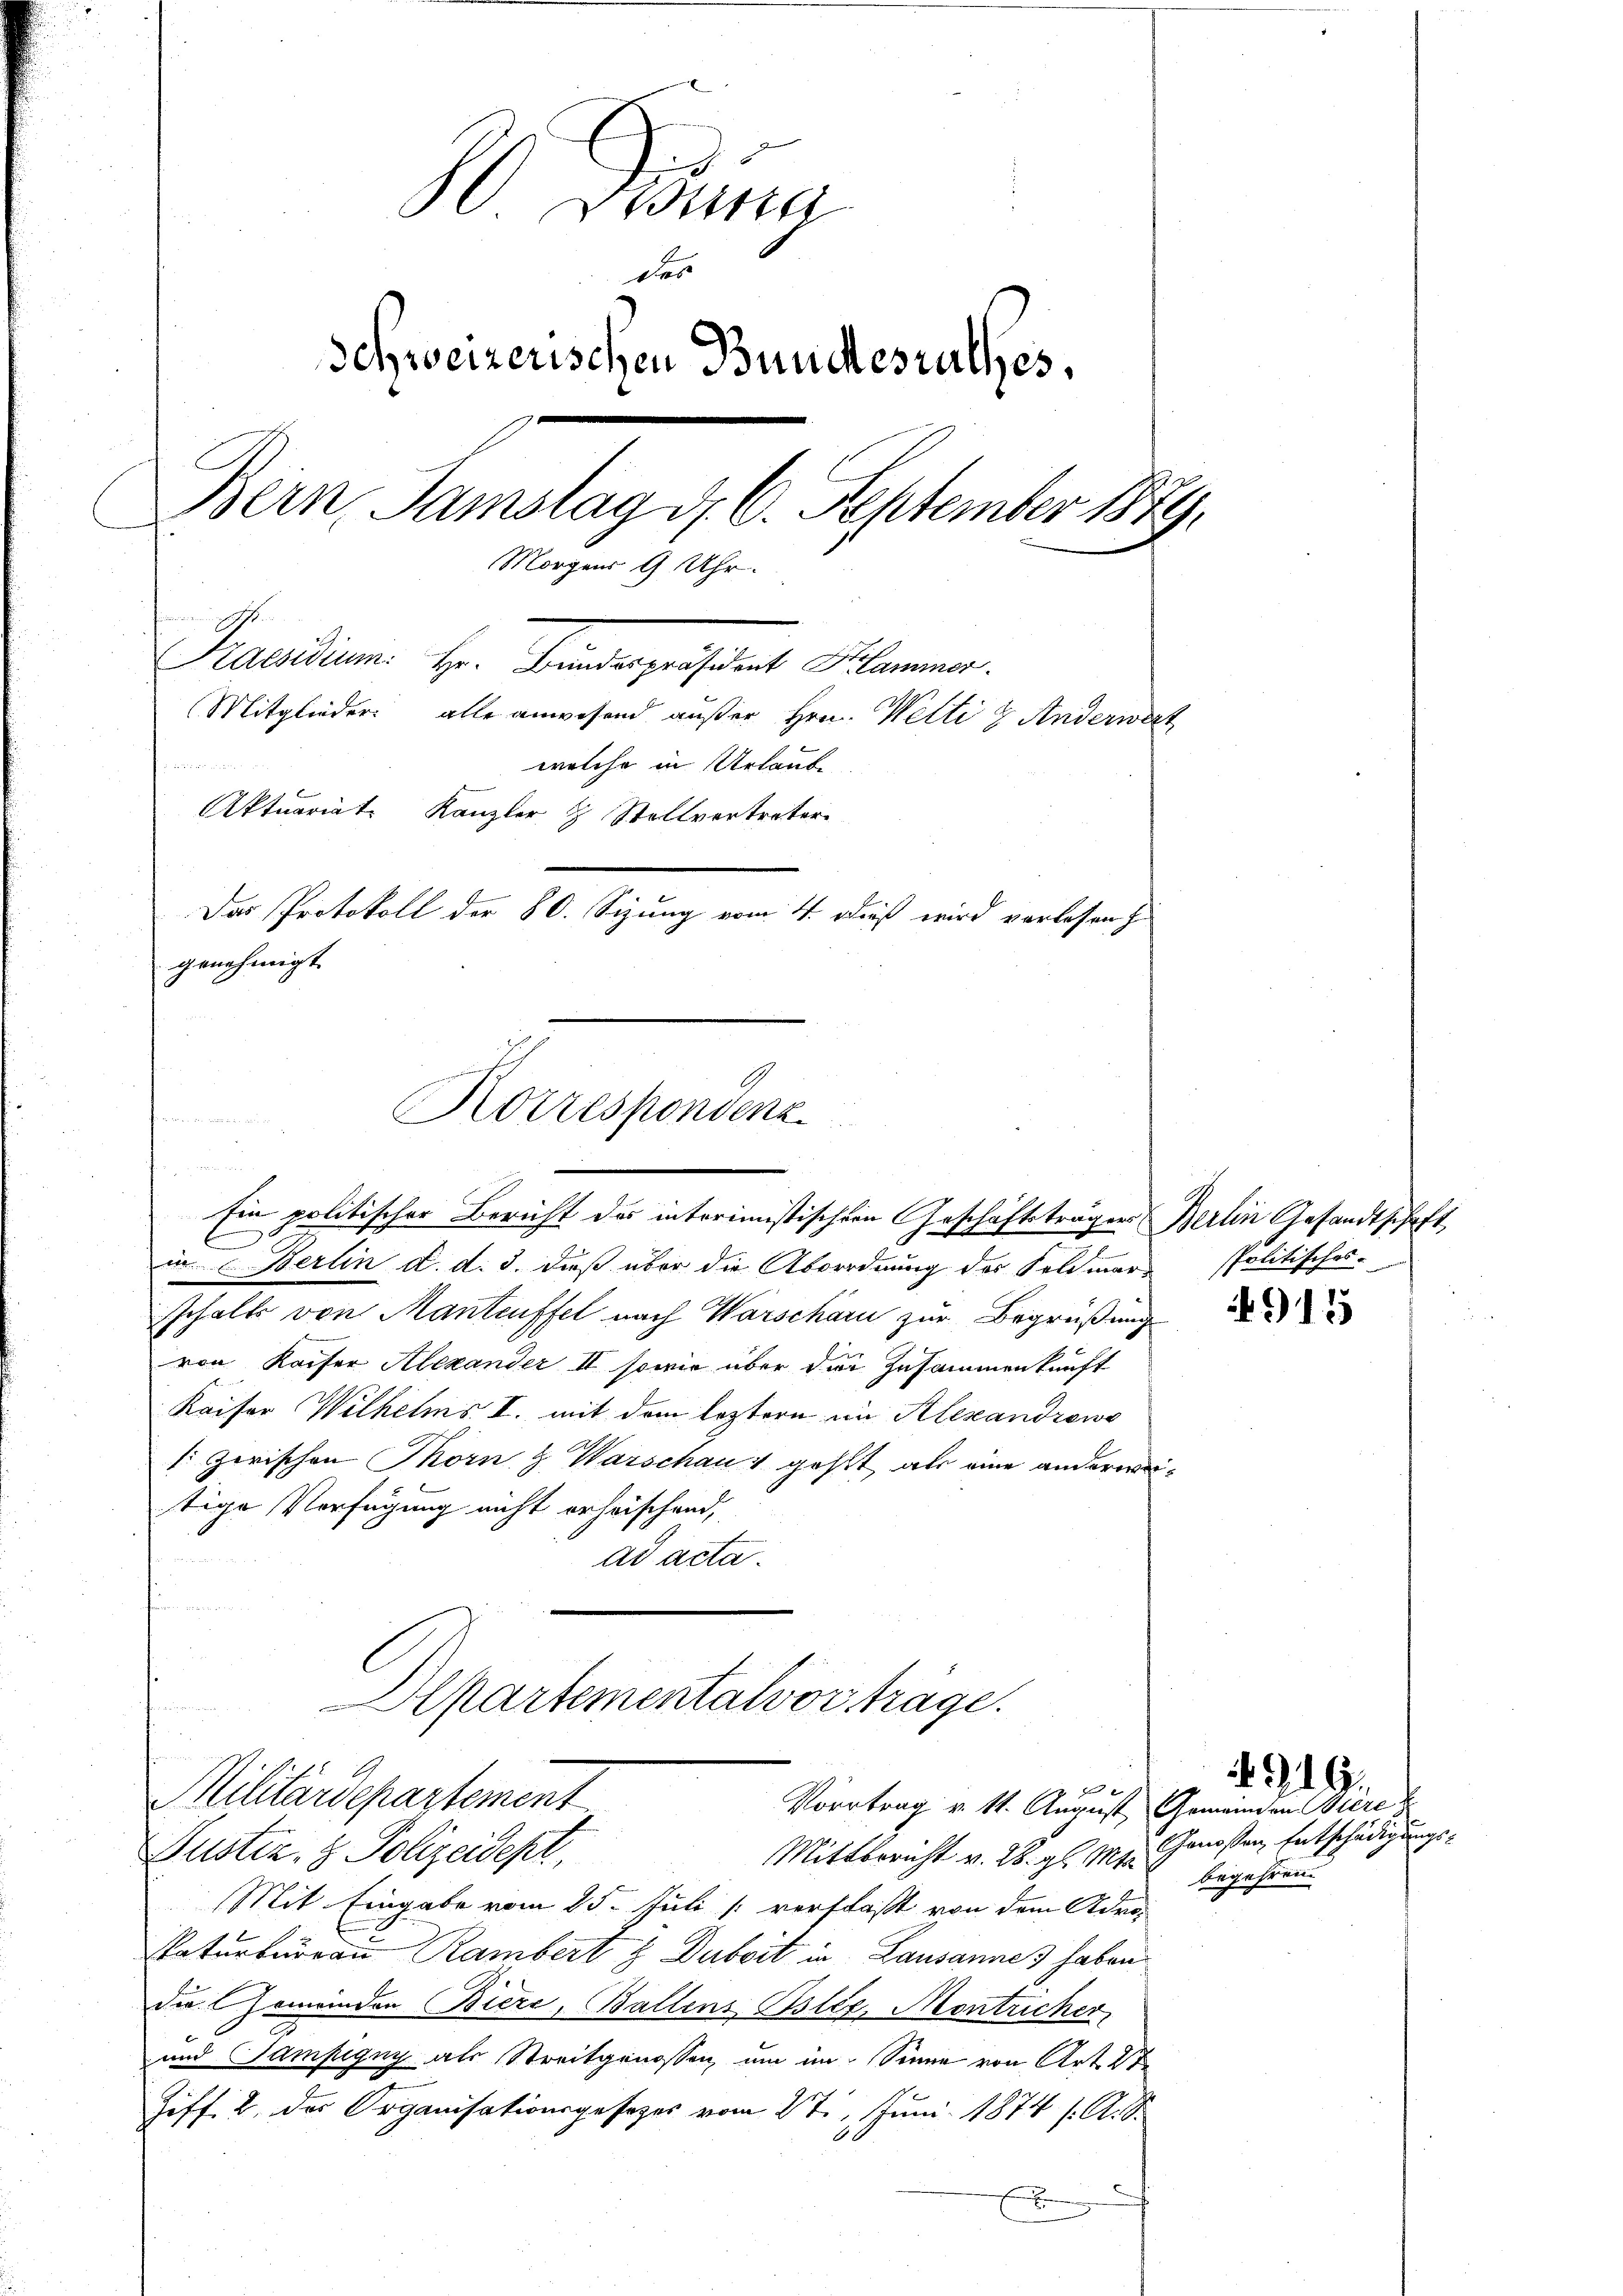
80 drun
dos
Schweizerischen Bundesrathes,
Bern, Samstag d. 6. September 1879.
Morgens 9 Uhr.
Praedium. Hr. Badepuissant Klammer.
Mitglieder alle anwesend außer Hrn. Welti u. Anderwert
 nr.
welche in Urlaube
Aktuariat Kanzler & Stellvertrater
Der Protokoll der 60. Sigung vom 4. Dieß wird verlesen,
genehmigt.

Korrespondenz

n
Ein politischer Bericht des interimistischen Geschäftsträger Berlin Gesandtschaft
in Berlin d. d. 3. dieß über die Abordnung des Feldmarschalts von Manteuffel nach Warscharn zur Begrüßung
von Kaiser Alexander II sowie über die Zusammenkunft
Kaiser Wilhelms I. mit dem leztern im Alexandrows
: zerischen Thorn & Warschaus gehst als eine anderweitige Verfügung nicht erheischend,
ad acta.
Departementalvorträge.
1

Justiz- & Polizeidept,
Mittbericht v. 28. gl. Mts.
Mit Eingabe vom 25. Juli [ verfaßt von dem Adro-
Naturbureau Rambert & Dubeit in Lausannes haben
die Gemeinden Biere, Ballens Oster. Montricher
und Sampigny als Streitgenossen um im Sinne von Art. 27
Ziff. 2. der Organisationsgesetzes vom 2te, Juni 1874 /A. S.
f

Militärdepartement
Vortrag v. 11. August, Gemeinden Biere k

spolitischos

Genossen Entschädigungs-
begehren

4915

4919.